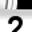
Digit: 2